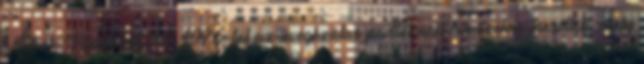
Arkus-Duntovot. 40 1976-tól az üvegszálas padlót acél lemezekre cserélték, mely